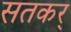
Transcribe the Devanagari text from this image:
सतकर्